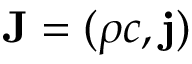
\mathbf { J } = ( \rho c , \mathbf { j } )